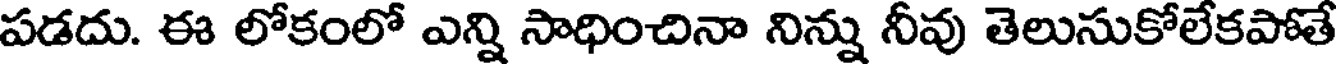
పడదు. ఈ లోకంలో ఎన్ని సాధించినా నిన్ను నీవు తెలుసుకోలేకపోతే